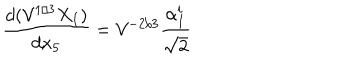
\frac { d ( { \cal V } ^ { 1 / 3 } X _ { I } ) } { d x _ { 5 } } = { \cal V } ^ { - 2 / 3 } \frac { \alpha _ { I } ^ { i } } { \sqrt 2 }